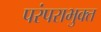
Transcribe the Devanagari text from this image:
परंपराभुक्त